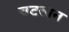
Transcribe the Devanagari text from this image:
चटखन